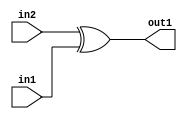
`timescale 1ps / 1ps
/*****************************************************************************
    Verilog RTL Description
    
    
    Created by: Stratus DpOpt 2019.1.04 
*******************************************************************************/

module fir_Xor_1Ux1U_1U_1 (
	in2,
	in1,
	out1
	); /* architecture "behavioural" */ 
input  in2,
	in1;
output  out1;
wire  asc001;

assign asc001 = 
	(in2)
	^(in1);

assign out1 = asc001;
endmodule

/* CADENCE  urf4Two= : u9/ySgnWtBlWxVbRXgAU4eg= ** DO NOT EDIT THIS LINE ******/